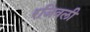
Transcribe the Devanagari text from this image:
रजिवली